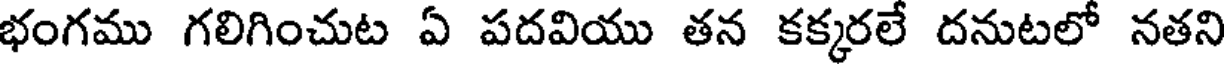
భంగము గలిగించుట ఏ పదవియు తన కక్కరలే దనుటలో నతని